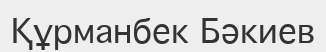
Құрманбек Бәкиев